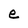
Character: e